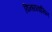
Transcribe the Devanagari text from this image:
विन्ध्यवासिन